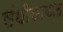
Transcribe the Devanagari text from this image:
संधीकाळात